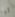
تبا